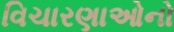
વિચારણાઓનો